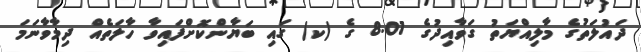
ދައުލަތުގެ މާލިއްޔަތު ގަވާއިދުގެ 8.01 ގެ (ކ) ގައި ބަޔާންކޮށްފައިވާ ހާލަތެއް ދިމާވާނަމަ